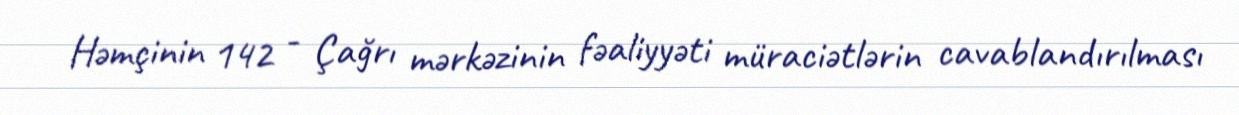
Həmçinin 142 - Çağrı mərkəzinin fəaliyyəti müraciətlərin cavablandırılması